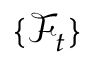
\{ \mathcal { F } _ { t } \}